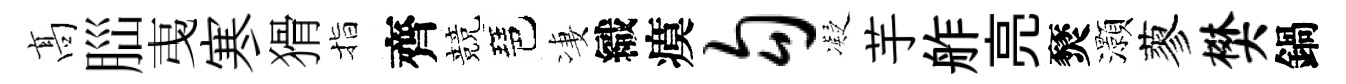
髙𦛁𢎯寒猾指齊競琶凄織瘼勾凝芋舴亮燹灝蓼樊鍋